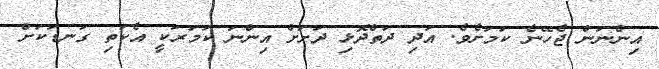
އިންނަން ޖެހޭނެ ކަމަށެވެ. އަދި ދަތްދޮޅި ދަށަށް އިންނަ ކަމަރަކީ އެކަތި ގަނޑަކަށް